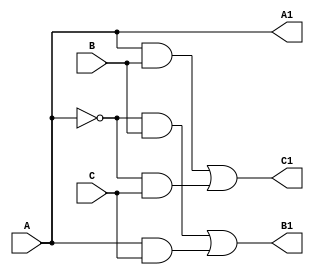

module cswap(A1, B1, C1, A, B, C);
output A1, B1, C1;
input A, B, C;

assign A1 = A;
assign B1 = (~A&B) | (A&C);
assign C1 = (A&B) | (~A&C);
endmodule